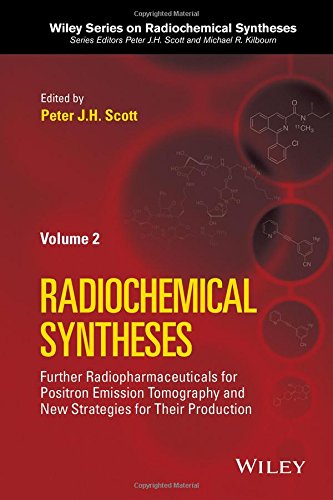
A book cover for Radiochemical Syntheses, Volume 2: Further Radiopharmaceuticals for Positron Emission Tomography and New Strategies for Their Production (Wiley Series on Radiochemical Syntheses); Medical Books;